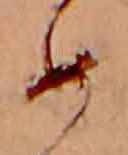
め